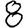
Digit: 8